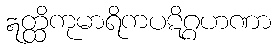
ဣတ္ထိကုမာရိကပဋိဂ္ဂဟဏာ